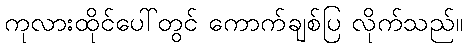
ကုလားထိုင်ပေါ်တွင် ကောက်ချစ်ပြ လိုက်သည်။